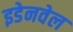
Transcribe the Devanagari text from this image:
इडेनवेल